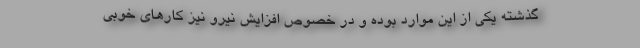
گذشته یکی از این موارد بوده و در خصوص افزایش نیرو نیز کارهای خوبی